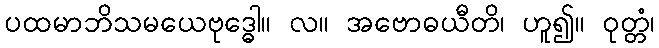
ပထမာဘိသမယေဗုဒ္ဓေါ။ လ။ အဗောဓယီတိ၊ ဟူ၍။ ဝုတ္တံ၊